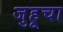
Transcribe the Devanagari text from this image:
जुहूचा